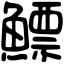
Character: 鰾